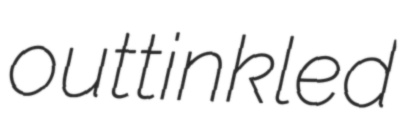
outtinkled